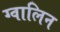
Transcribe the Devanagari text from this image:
ग्वालिन